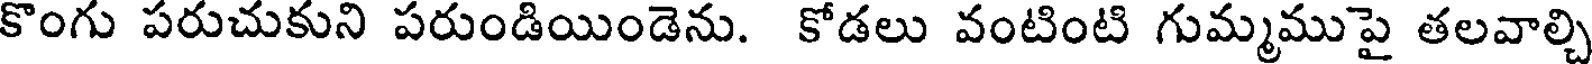
కొంగు పరుచుకుని పరుండియిండెను. కోడలు వంటింటి గుమ్మముపై తలవాల్చి